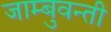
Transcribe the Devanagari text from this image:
जाम्बुवन्ती